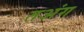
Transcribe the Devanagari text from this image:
तअंग